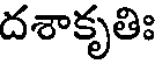
దశాకృతిః